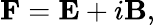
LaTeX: {\mathbf F}={\mathbf E}+i{\mathbf B},